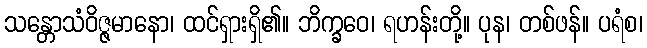
သန္တောသံဝိဇ္ဇမာနော၊ ထင်ရှားရှိ၏။ ဘိက္ခဝေ၊ ရဟန်းတို့။ ပုန၊ တစ်ဖန်။ ပရံစ၊